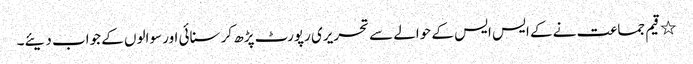
٭	قیم جماعت نے کے ایس ایس کے حوالے سے تحریری رپورٹ پڑھ کر سنائی اور سوالوں کے جواب دیئے۔